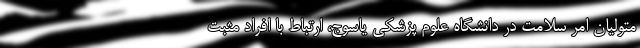
متولیان امر سلامت در دانشگاه علوم پزشکی یاسوج، ارتباط با افراد مثبت